Insane asylums Bombay 1873-77 - 1873-1877
Year: 1873
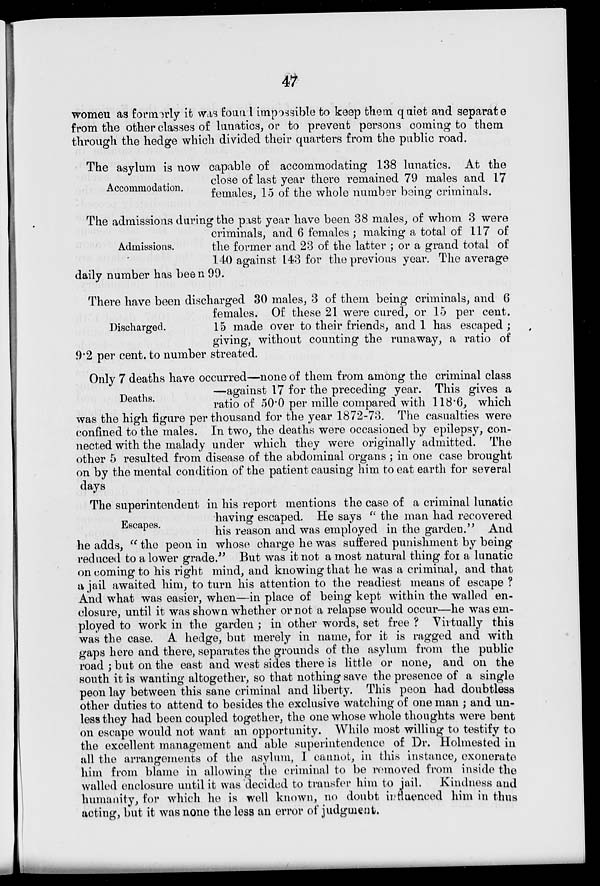
47
women as formerly it was found iimpossible to keep them quiet and separate
from the other classes of lunatics, or to prevent persons coming to them
through the hedge which divided their quarters from the public road.
Accommodation.
The asylum is now capable of accommodating 138 lunatics. At the
close of last year there remained 79 males and 17
females, 15 of the whole number being criminals.
Admissions.
The admissions during the past year have been 38 males, of whom 3 were
criminals, and 6 females; making a total of 117 of
the former and 23 of the latter; or a grand total of
140 against 143 for the previous year. The average
daily number has been 99.
Discharged.
There have been discharged 30 males, 3 of them being criminals, and 6
females. Of these 21 were cured, or 15 per cent.
15 made over to their friends, and 1 has escaped ;
giving, without counting the runaway, a ratio of
9.2 per cent. to number streated.
Deaths.
Only 7 deaths have occurred—none of them from among the criminal class
—against 17 for the preceding year. This gives a
ratio of 50.0 per mille compared with 118.6, which
was the high figure per thousand for the year 1872-73. The casualties were
confined to the males. In two, the deaths were occasioned by epilepsy, con-
nected with the malady under which they were originally admitted. The
other 5 resulted from disease of the abdominal organs; in one case brought
on by the mental condition of the patient causing him to eat earth for several
days
Escapes.
The superintendent in his report mentions the case of a criminal lunatic
having escaped. He says "the man had recovered
his reason and was employed in the garden." And
he adds, " the peon in whose charge he was suffered punishment by being
reduced to a lower grade." But was it not a most natural thing for a lunatic
on coming to his right mind, and knowing that he was a criminal, and that
a jail awaited him, to turn his attention to the readiest means of escape ?
And what was easier, when—in place of being kept within the walled en-
closure, until it was shown whether or not a relapse would occur—he was em-
ployed to work in the garden; in other words, set free ? Virtually this
was the case. A hedge, but merely in name, for it is ragged and with
gaps here and there, separates the grounds of the asylum from the public
road; but on the east and west sides there is little or none, and on the
south it is wanting altogether, so that nothing save the presence of a single
peon lay between this sane criminal and liberty. This peon had doubtless
other duties to attend to besides the exclusive watching of one man; and un-
less they had been coupled together, the one whose whole thoughts were bent
on escape would not want an opportunity. While most willing to testify to
the excellent management and able superintendence of Dr. Holmested in
all the arrangements of the asylum, I cannot, in this instance, exonerate
him from blame in allowing the criminal to be removed from inside the
walled enclosure until it was decided to transfer him to jail.
Kindness and
humanity, for which he is well known, no doubt influenced him in thus
acting, but it was none the less an error of judgment.